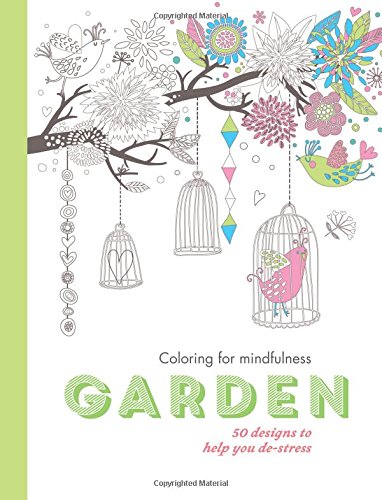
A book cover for Garden (Coloring for mindfulness); Hamlyn; Humor & Entertainment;